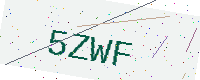
Text: 5ZWF